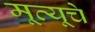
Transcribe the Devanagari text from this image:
मूत्यूचे